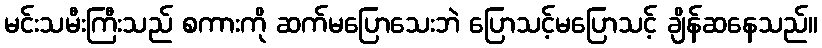
မင်းသမီးကြီးသည် စကားကို ဆက်မပြောသေးဘဲ ပြောသင့်မပြောသင့် ချိန်ဆနေသည်။